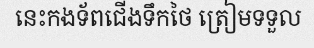
នេះកងទ័ពជើងទឹកថៃ ត្រៀមទទួល